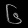
Digit: ၆